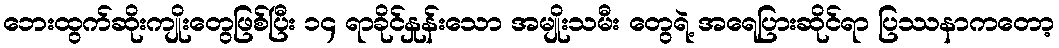
ဘေးထွက်ဆိုးကျိုးတွေဖြစ်ပြီး ၁၄ ရာခိုင်နှုန်းသော အမျိုးသမီး တွေရဲ့ အရေပြားဆိုင်ရာ ပြဿနာကတော့